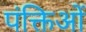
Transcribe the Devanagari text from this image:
पंक्तिओं